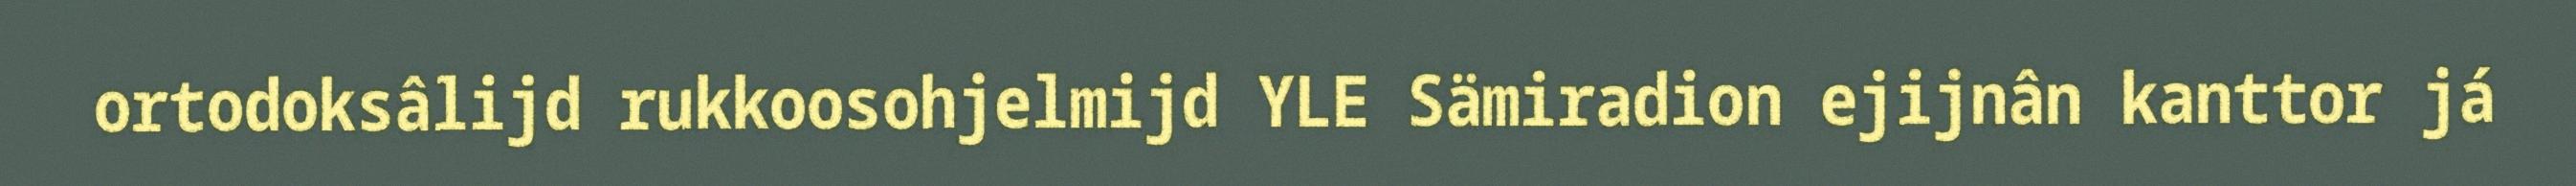
ortodoksâlijd rukkoosohjelmijd YLE Sämiradion ejijnân kanttor já